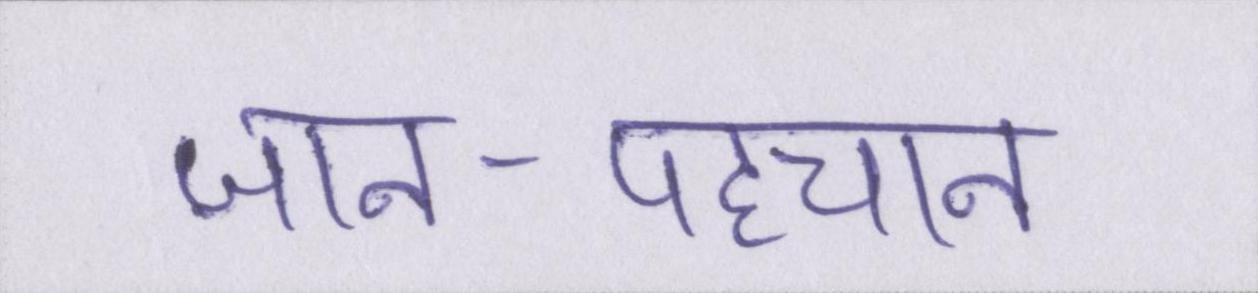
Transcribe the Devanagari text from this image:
जान-पहचान